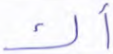
أك